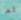
لم